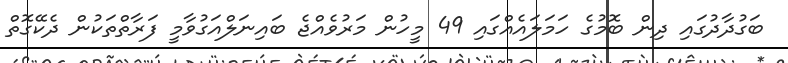
ބަގުދާދުގައި ދިން ބޮމުގެ ހަމަލައެއްގައި 49 މީހުން މަރުވެއްޖެ ބައިނަލްއަގުވާމީ ފަރާތްތަކުން ދެކޭގޮތް